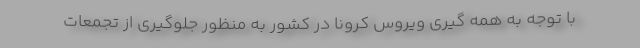
با توجه به همه گیری ویروس کرونا در کشور به منظور جلوگیری از تجمعات